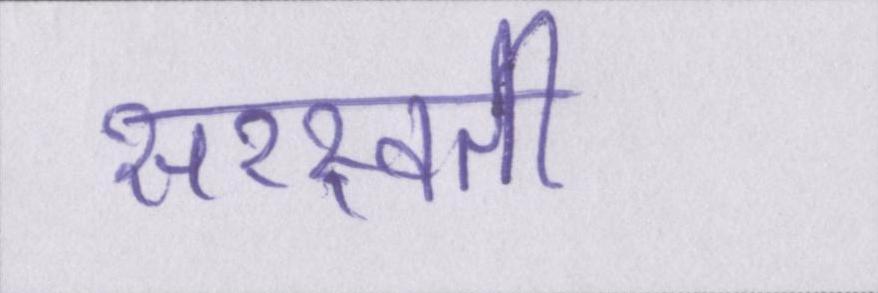
सरस्वती